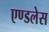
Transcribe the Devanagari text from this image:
एण्डलेस